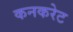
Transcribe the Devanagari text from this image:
कनकरेट